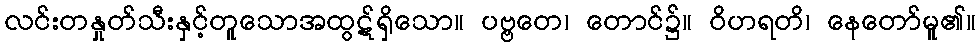
လင်းတနှုတ်သီးနှင့်တူသောအထွဋ်ရှိသော။ ပဗ္ဗတေ၊ တောင်၌။ ဝိဟရတိ၊ နေတော်မူ၏။